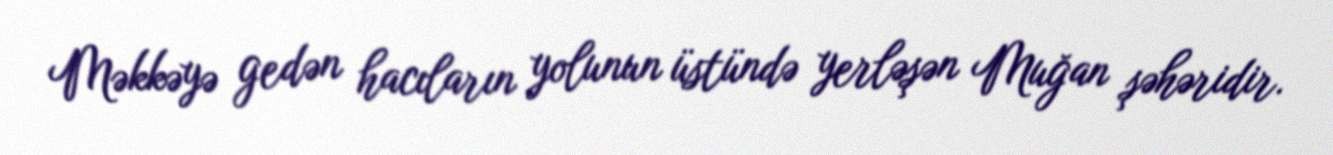
Məkkəyə gedən hacıların yolunun üstündə yerləşən Muğan şəhəridir.